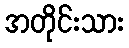
အတိုင်းသား